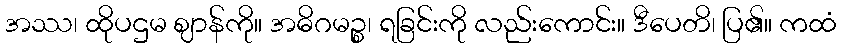
အဿ၊ ထိုပဌမ ဈာန်ကို။ အဓိဂမဉ္စ၊ ရခြင်းကို လည်းကောင်း။ ဒီပေတိ၊ ပြ၏။ ကထံ